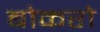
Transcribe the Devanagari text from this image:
बोकरो